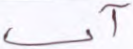
آني